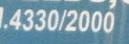
4330/2000